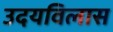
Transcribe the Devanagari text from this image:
उदयविलास